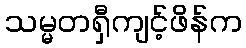
သမ္မတရှီကျင့်ဖိန်က